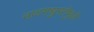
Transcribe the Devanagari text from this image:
नादमधुरतेमुळे